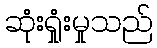
ဆုံးရှုံးမှုသည်